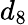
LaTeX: d_{8}